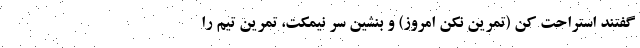
گفتند استراحت کن (تمرین نکن امروز) و بنشین سر نیمکت، تمرین تیم را